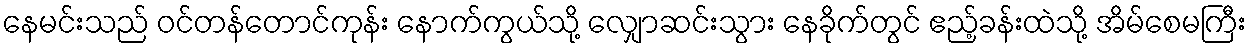
နေမင်းသည် ဝင်တန်တောင်ကုန်း နောက်ကွယ်သို့ လျှောဆင်းသွား နေခိုက်တွင် ဧည့်ခန်းထဲသို့ အိမ်စေမကြီး